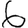
Digit: 6